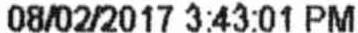
08/02/2017 3:43:01 PM